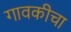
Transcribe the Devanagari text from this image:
गावकीचा